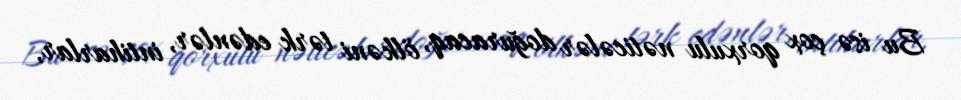
Bu isə çox qorxulu nəticələr doğuracaq, ölkəni tərk edənlər, intiharlar,